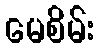
မေစိမ်း